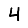
Digit: 4